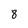
Character: 8